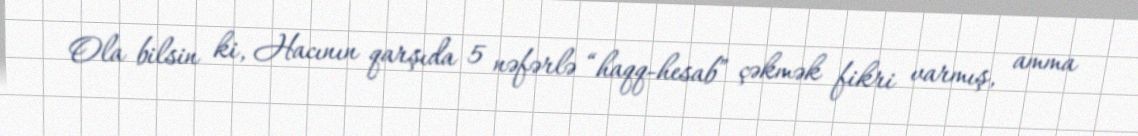
Ola bilsin ki, Hacının qarşıda 5 nəfərlə “haqq-hesab” çəkmək fikri varmış, amma